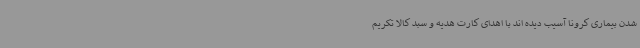
شدن بیماری کرونا آسیب دیده اند با اهدای کارت هدیه و سبد کالا تکریم